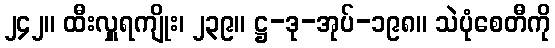
၂၄၂။ ထီးလှူရကျိုး၊ ၂၃၉။ ဋ္ဌ-ဒု-အုပ်-၁၉၈။ သဲပုံစေတီကို